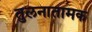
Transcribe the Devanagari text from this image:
तुलनातामक